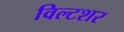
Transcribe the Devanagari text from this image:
विल्टशर